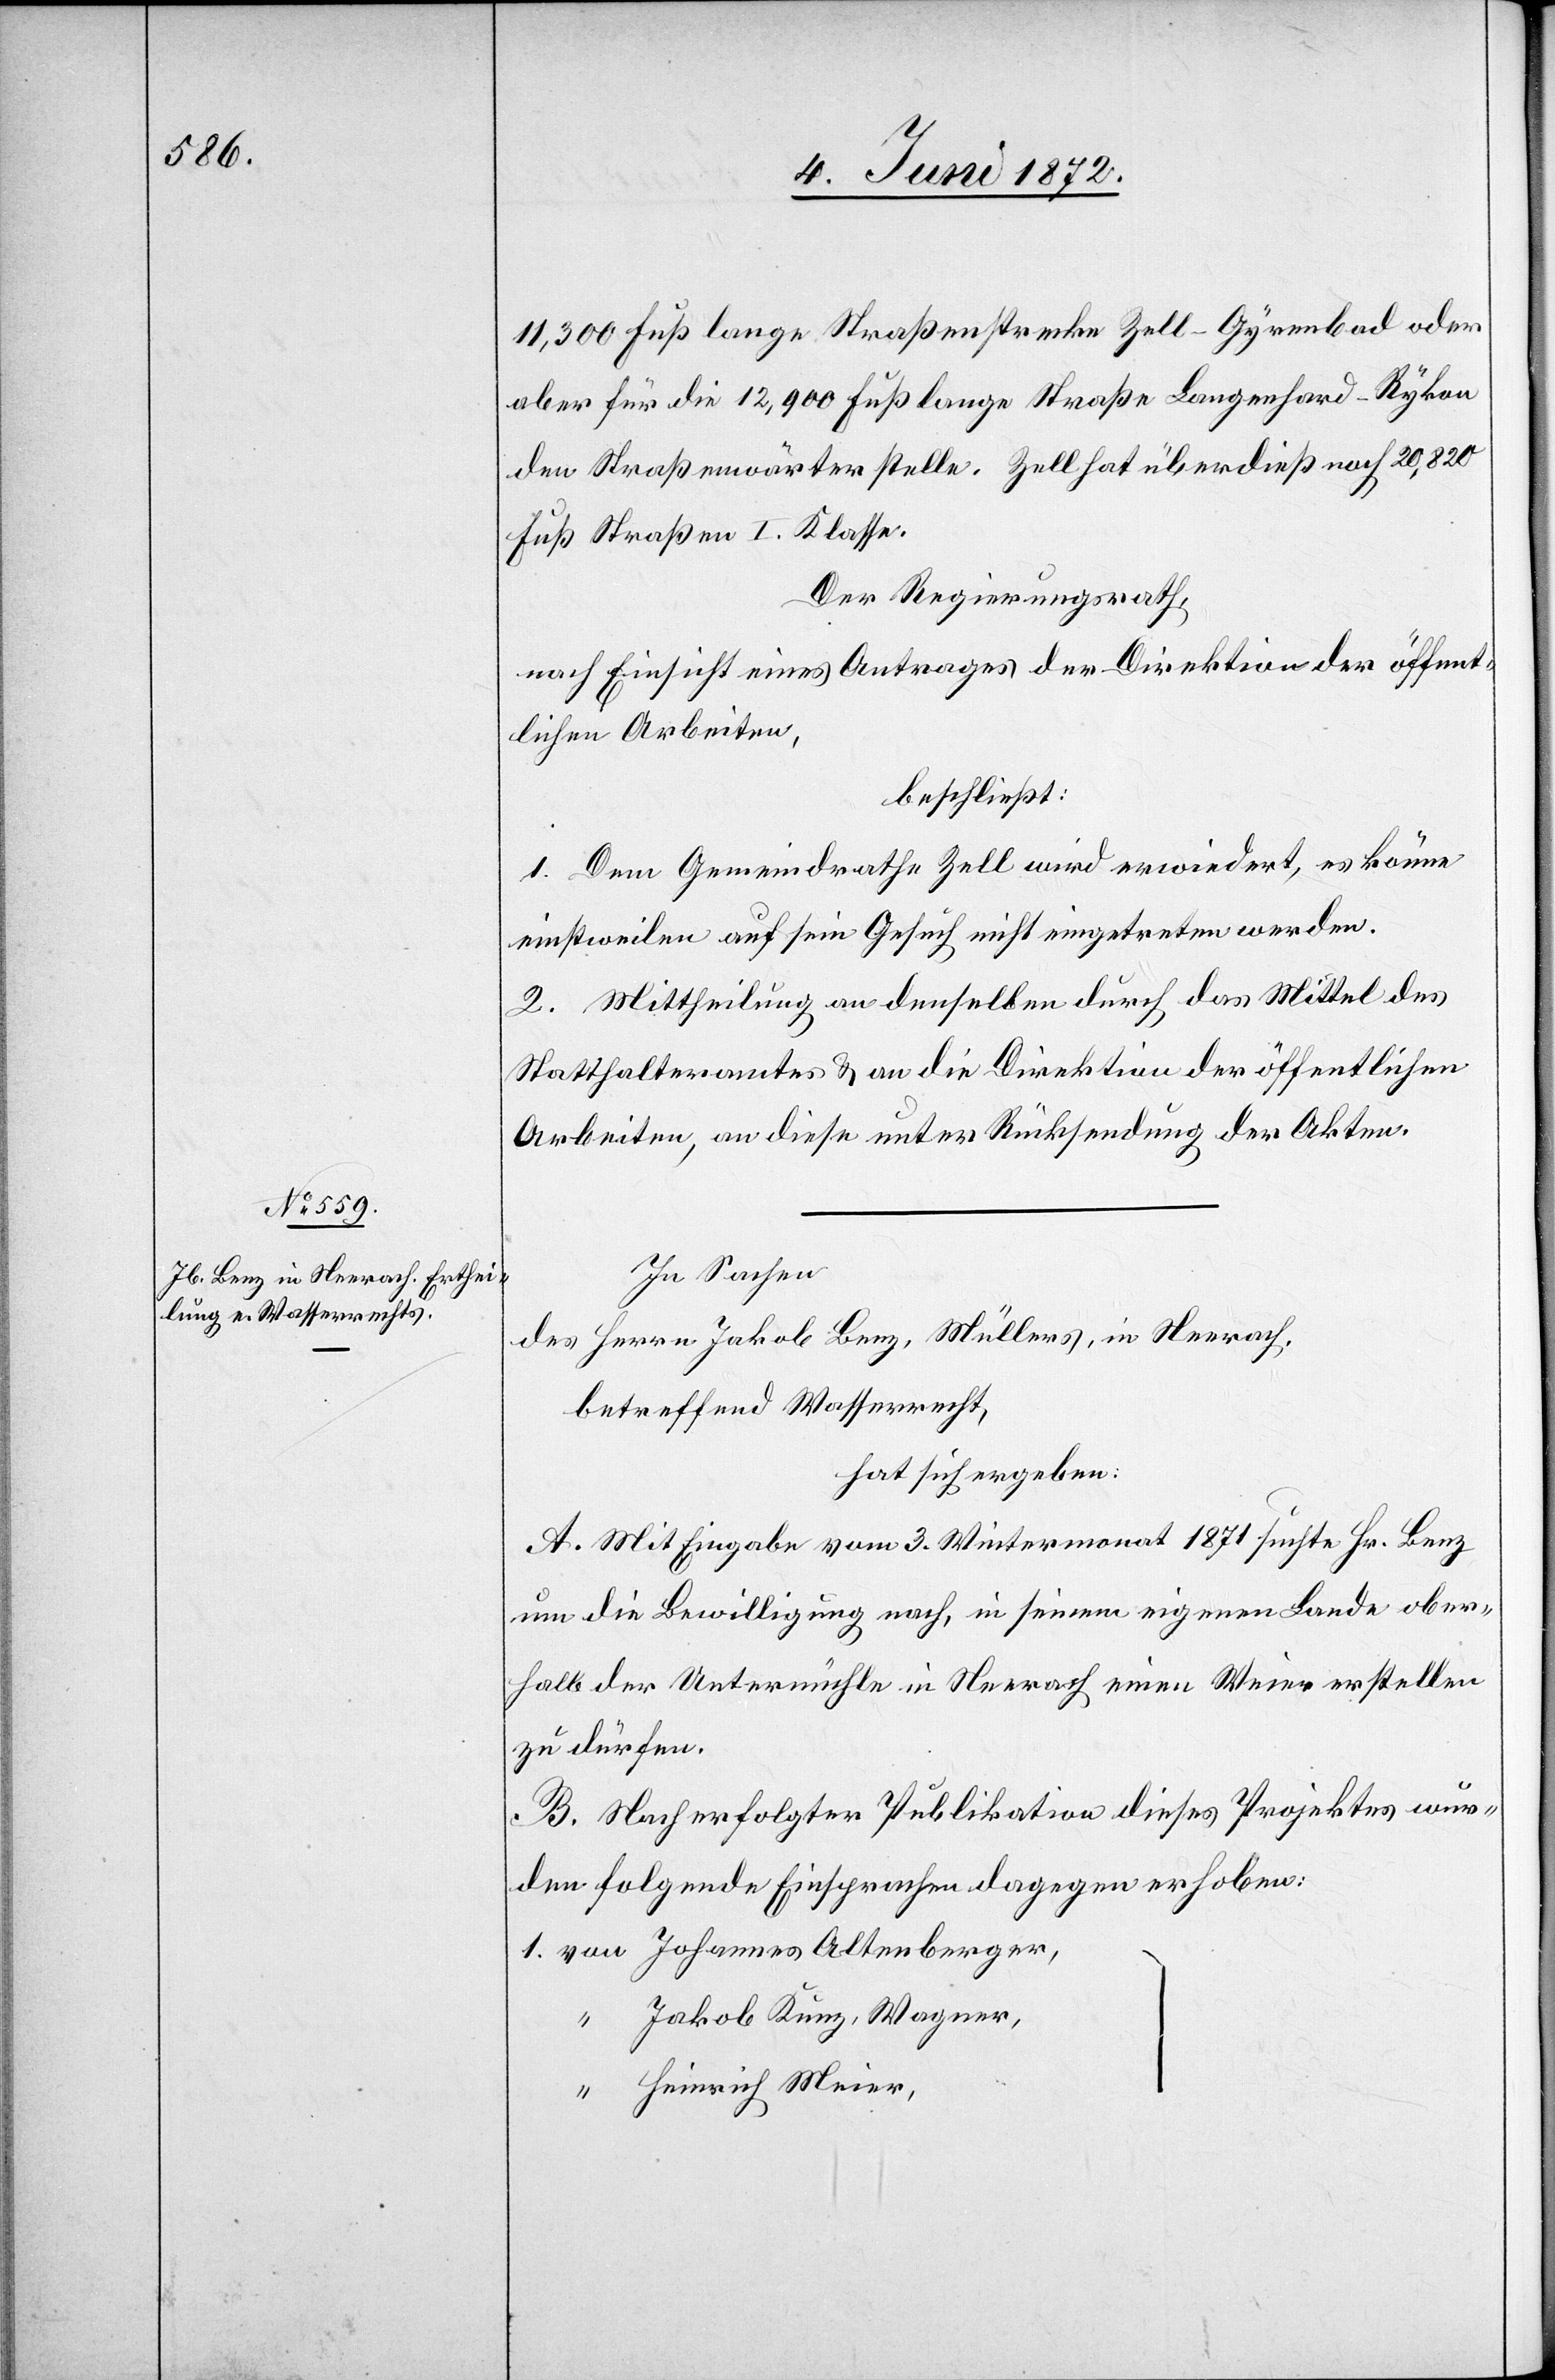
d. 28.

11,300 Fuß lange Straßenstrecke Zell–Gyrenbafd oder
aber für die 12,900 Fuß lange Straße Langenhard–Rykon
den Straßenwärter stelle. Zell hat überdieß noch 20'820
Fuß Straßen I. Klasse.
Der Regierungsrath,
nach Einsicht eines Antrages der Direktion der öffent¬
lichen Arbeiten,
beschließt:
1. Dem Gemeindrathe Zell wird erwiedert, es könne
einstweilen auf sein Gesuch nicht eingetreten werden.
2. Mittheilung an denselben durch das Mittel des
Statthalteramtes u. an die Direktion der öffentlichen
Arbeiten, an diese unter Rücksendung der Akten.
In Sachen
des Herrn Jakob Benz, Müllers, in Neerach,
betreffend Wasserrecht,
hat sich ergeben:
A. Mit Eingabe vom 3. Wintermonat 1871 suchte Hr. Benz
um die Bewilligung nach, in seinem eigenen Lande ober¬
halb der Untermühle in Neerach einen Weier erstellen
zu dürfen.
B. Nach erfolgter Publikation dieses Projektes wur¬
den folgende Einsprachen dagegen erhoben:
Jakob Kunz, Wagner,
Heinrich Meier,